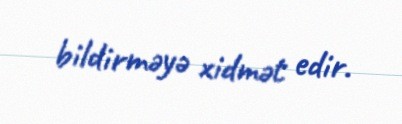
bildirməyə xidmət edir.